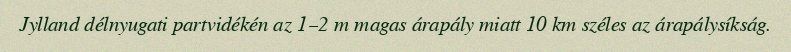
Jylland délnyugati partvidékén az 1–2 m magas árapály miatt 10 km széles az árapálysíkság.